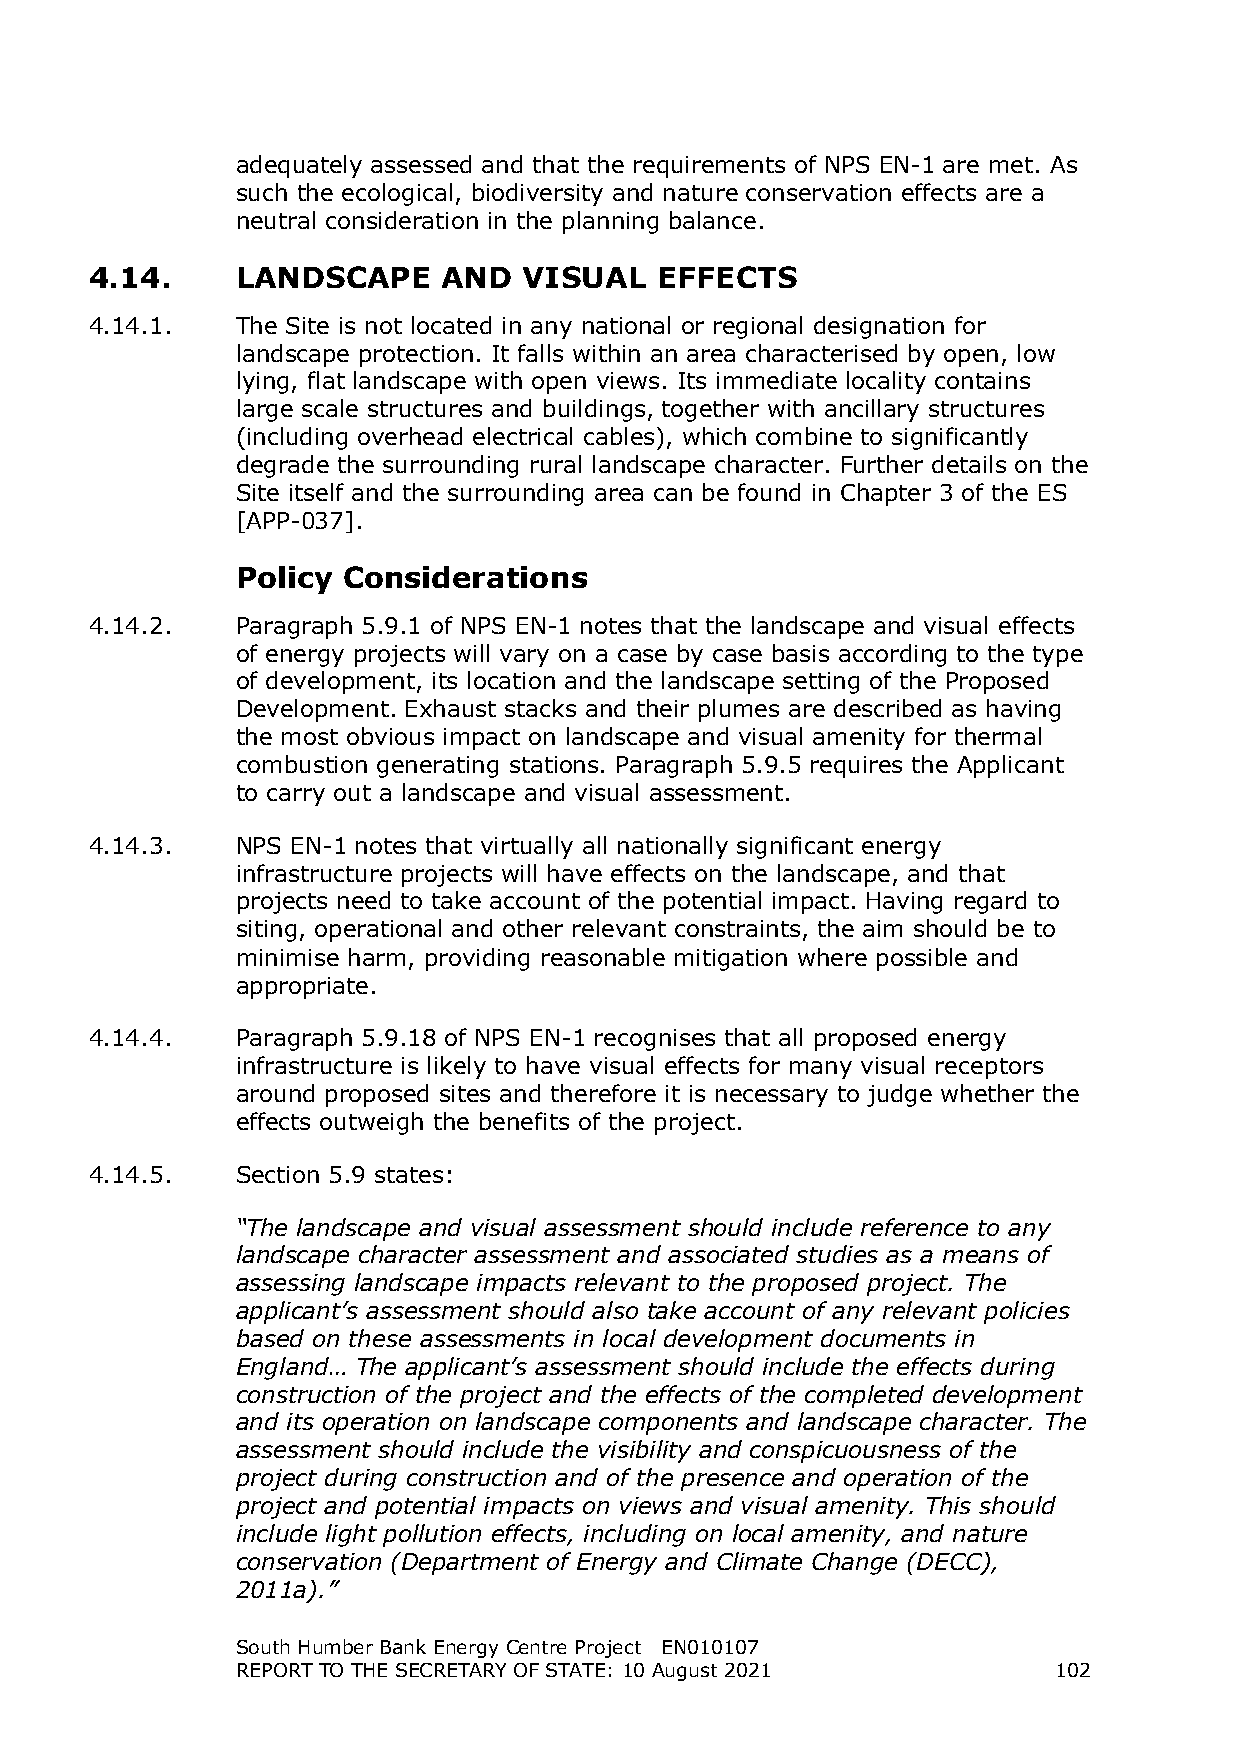
adequately assessed and that the requirements of NPS EN-1 are met. As
 such the ecological, biodiversity and nature conservation effects are a
 neutral consideration in the planning balance.
 4.14.     LANDSCAPE    AND   VISUAL  EFFECTS
 4.14.1.   The Site is not located in any national or regional designation for
 landscape protection. It falls within an area characterised by open, low
 lying, flat landscape with open views. Its immediate locality contains
 large scale structures and buildings, together with ancillary structures
 (including overhead electrical cables), which combine to significantly
 degrade the surrounding rural landscape character. Further details on the
 Site itself and the surrounding area can be found in Chapter 3 of the ES
 [APP-037].
 Policy Considerations
 4.14.2.   Paragraph 5.9.1 of NPS EN-1 notes that the landscape and visual effects
 of energy projects will vary on a case by case basis according to the type
 of development, its location and the landscape setting of the Proposed
 Development. Exhaust stacks and their plumes are described as having
 the most obvious impact on landscape and visual amenity for thermal
 combustion generating stations. Paragraph 5.9.5 requires the Applicant
 to carry out a landscape and visual assessment.
 4.14.3.   NPS EN-1 notes that virtually all nationally significant energy
 infrastructure projects will have effects on the landscape, and that
 projects need to take account of the potential impact. Having regard to
 siting, operational and other relevant constraints, the aim should be to
 minimise harm, providing reasonable mitigation where possible and
 appropriate.
 4.14.4.   Paragraph 5.9.18 of NPS EN-1 recognises that all proposed energy
 infrastructure is likely to have visual effects for many visual receptors
 around proposed sites and therefore it is necessary to judge whether the
 effects outweigh the benefits of the project.
 4.14.5.   Section 5.9 states:
 “The landscape and visual assessment should include reference to any
 landscape character assessment and associated studies as a means of
 assessing landscape impacts relevant to the proposed project. The
 applicant’s assessment should also take account of any relevant policies
 based on these assessments in local development documents in
 England… The applicant’s assessment should include the effects during
 construction of the project and the effects of the completed development
 and its operation on landscape components and landscape character. The
 assessment should include the visibility and conspicuousness of the
 project during construction and of the presence and operation of the
 project and potential impacts on views and visual amenity. This should
 include light pollution effects, including on local amenity, and nature
 conservation (Department of Energy and Climate Change (DECC),
 2011a).”
 South Humber Bank Energy Centre Project EN010107
 REPORT TO THE SECRETARY OF STATE: 10 August 2021      102